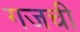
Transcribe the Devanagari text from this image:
गजची